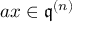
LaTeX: a x \in { \mathfrak { q } } ^ { ( n ) }